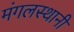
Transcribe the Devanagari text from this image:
मंगलस्थानी